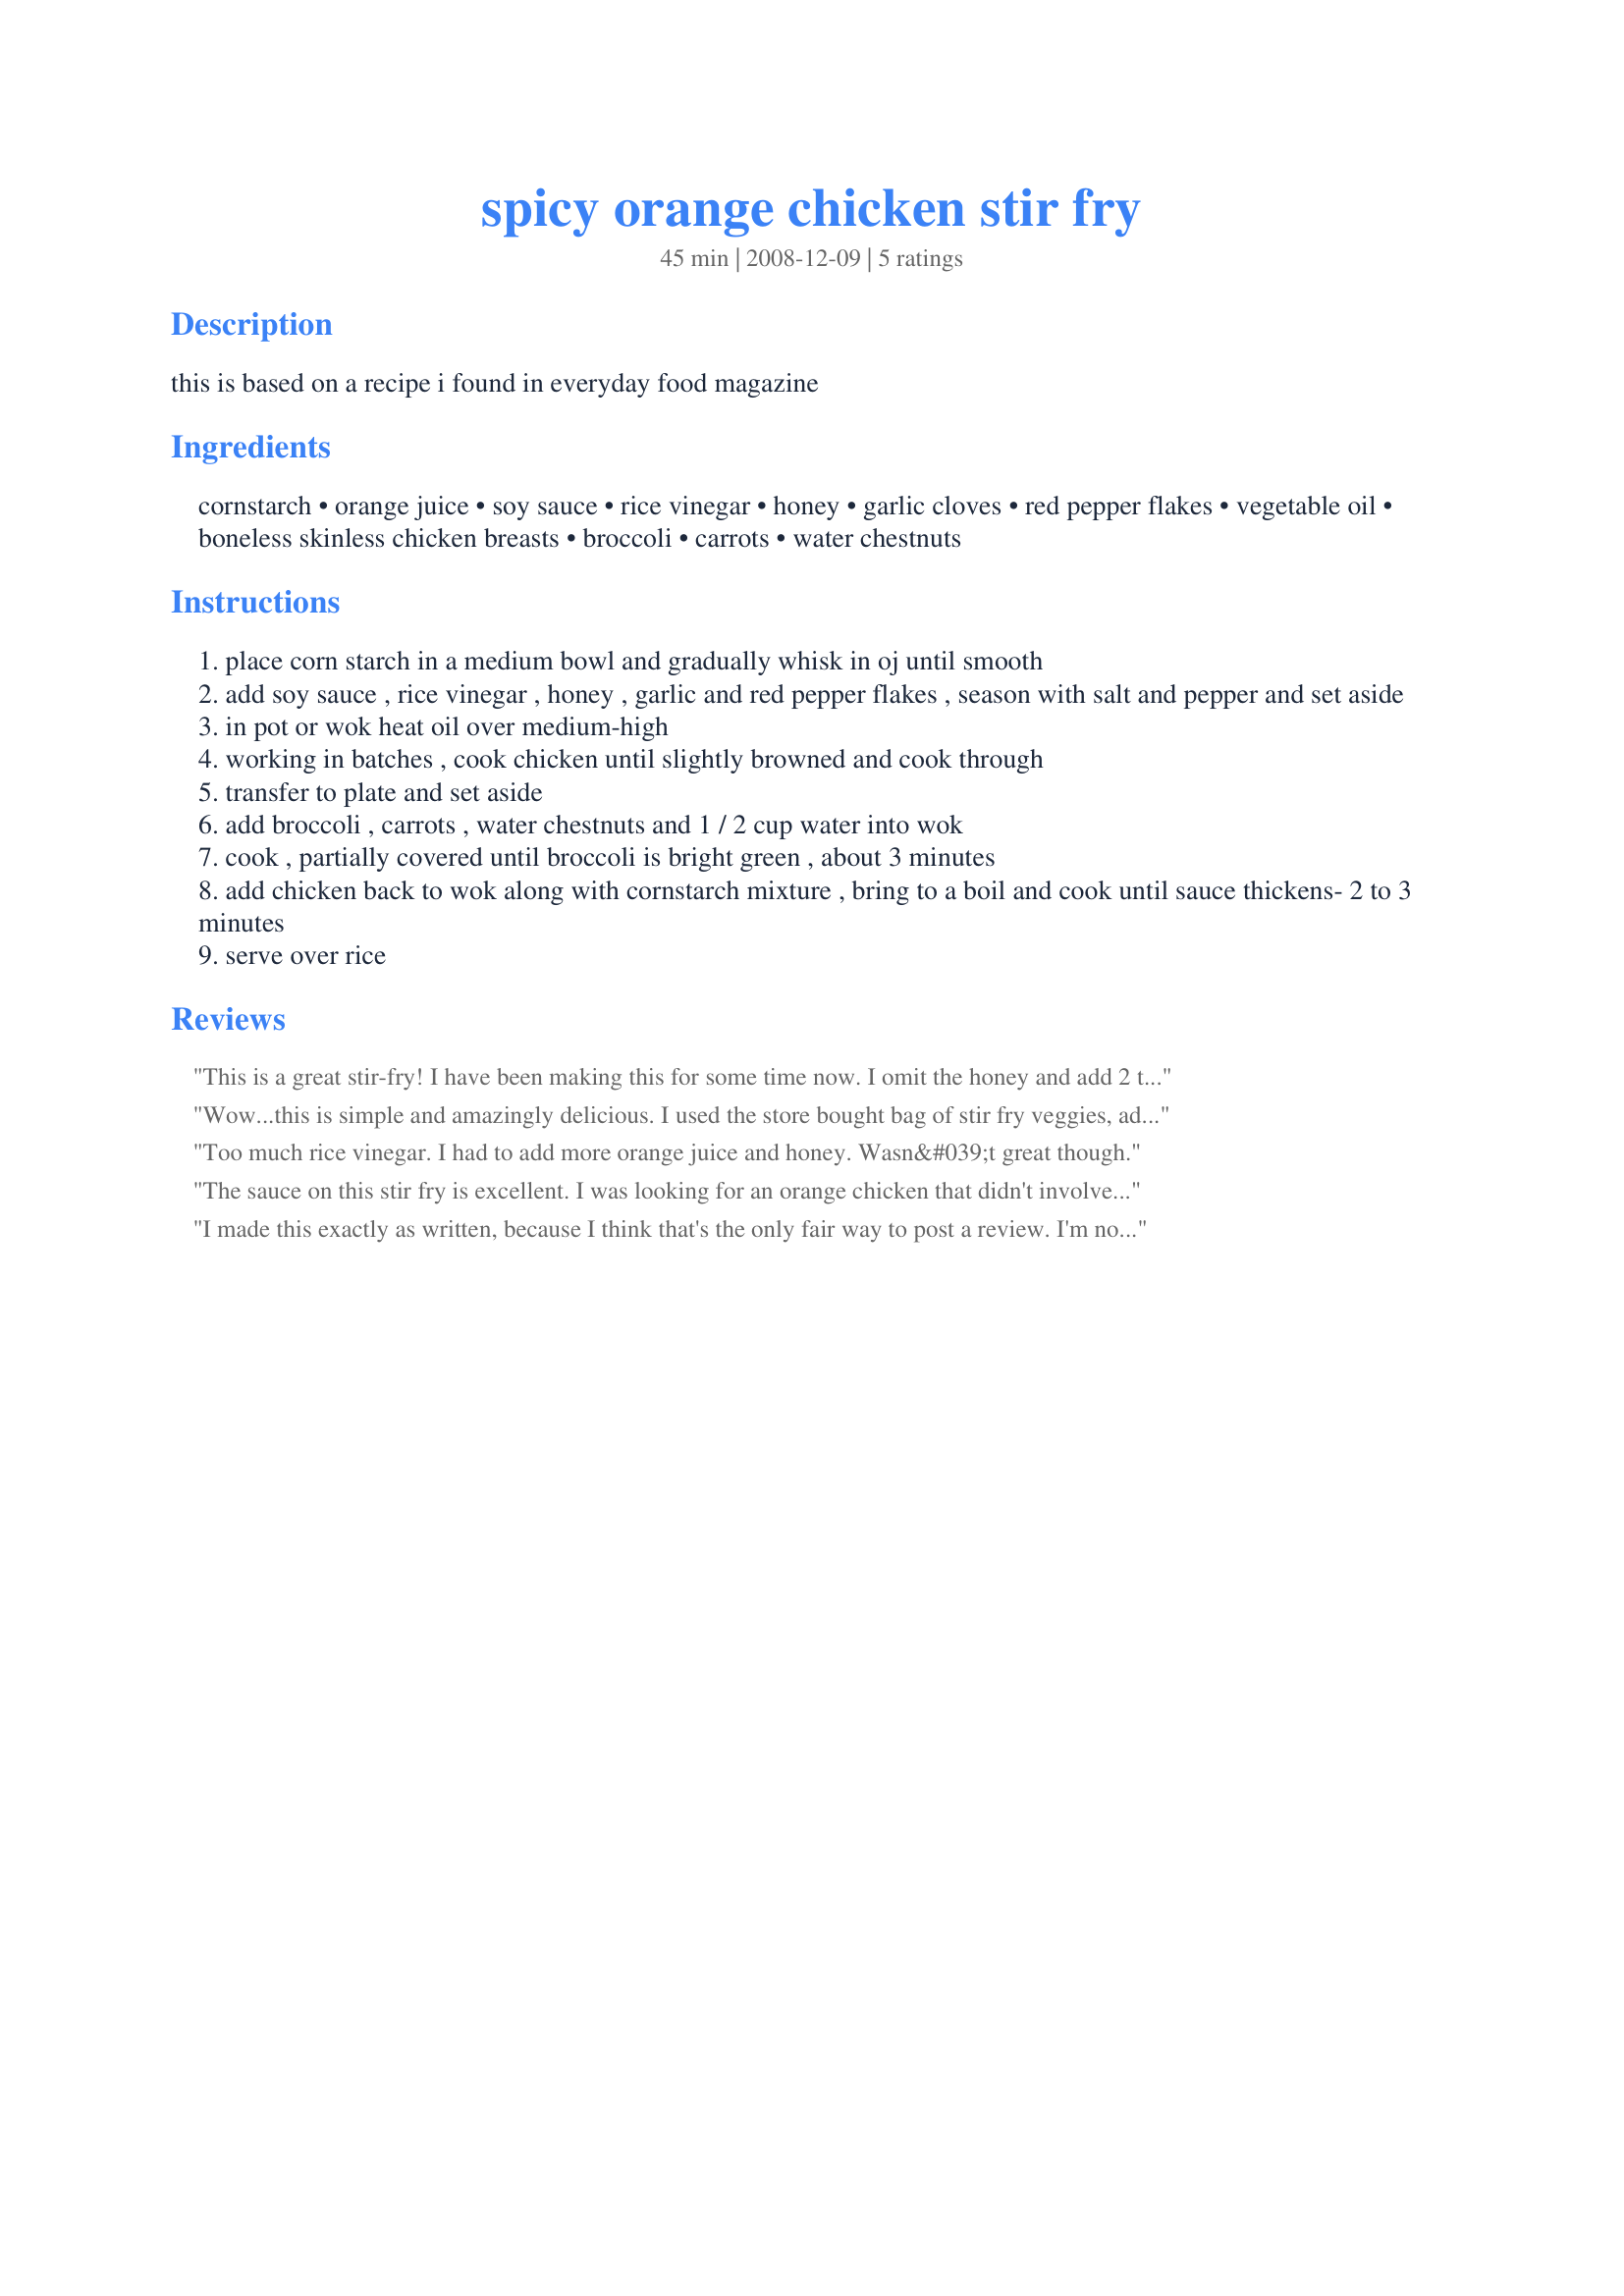
spicy orange chicken stir fry
Preparation time: 45 minutes

this is based on a recipe i found in everyday food magazine

Ingredients:
cornstarch, orange juice, soy sauce, rice vinegar, honey, garlic cloves, red pepper flakes, vegetable oil, boneless skinless chicken breasts, broccoli, carrots, water chestnuts

Steps:
place corn starch in a medium bowl and gradually whisk in oj until smooth
add soy sauce , rice vinegar , honey , garlic and red pepper flakes , season with salt and pepper and set aside
in pot or wok heat oil over medium-high
working in batches , cook chicken until slightly browned and cook through
transfer to plate and set aside
add broccoli , carrots , water chestnuts and 1 / 2 cup water into wok
cook , partially covered until broccoli is bright green , about 3 minutes
add chicken back to wok along with cornstarch mixture , bring to a boil and cook until sauce thickens- 2 to 3 minutes
serve over rice

Reviews:
This is a great stir-fry! I have been making this for some time now. I omit the honey and add 2 teaspoons of finely grated orange zest to the liquid mixture. I sometimes add to the pan a thinly sliced small red onion for about 30 seconds then add the chicken. Sugar snap peas are a great addition too. Thanks for posting.
Wow...this is simple and amazingly delicious. I used the store bought bag of stir fry veggies, added some green onions, red and yellow peppers too. Substituted chicken broth for the water and used just a small amount of red pepper flakes cuz I don't like anything too hot! You can always add more if you like some heat. I cut the recipe in half for two people and it was perfect. Will definitely use this recipe again and forfeit going out for Chinese!
Too much rice vinegar. I had to add more orange juice and honey. Wasn&#039;t great though.
The sauce on this stir fry is excellent. I was looking for an orange chicken that didn't involve deep-frying, and this recipe fit the occasion perfectly. I had only 4 chicken breasts, but used the full amount of the other ingredients. I used the smaller amount of red pepper flakes which gave the sauce just a hint of heat. Served over white rice.
I made this exactly as written, because I think that's the only fair way to post a review. I'm not one of those people who changes fifteen things and then gives the recipe a poor review--doesn't that drive you crazy? With that being said, this was good but not great. I agree that there was too much rice vinegar. It overpowered the flavor of the dish to where it didn't even taste like an orange chicken but more of a sweet &amp; sour dish. We still enjoyed it, but it wasn't the orange flavored chicken I was looking for. The next time I make it--which I will because it was relatively easy and a lot more healthy than some other orange chicken recipes--I will cut the rice vinegar in half. I think that will allow the orange flavor to shine through more and will probably make it a 4 or even 5 star dish.
